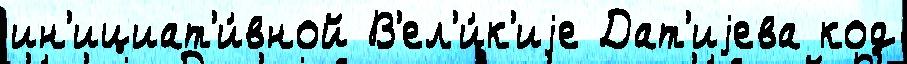
ин'ициат'и́вной В'ел'и́к'иjе Дат'иjева код